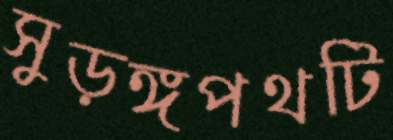
সুড়ঙ্গপথটি